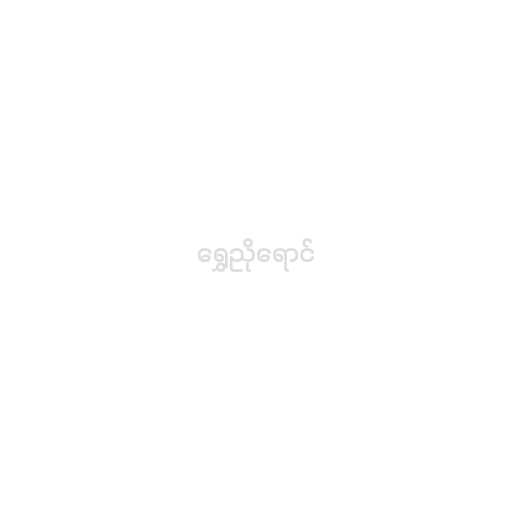
ရွှေညိုရောင်